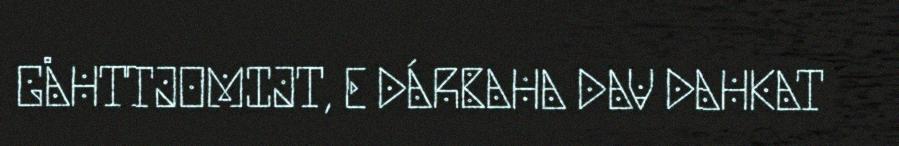
GÅHTTJOMIJT, E DÁRBAHA DAV DAHKAT